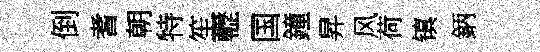
倒耆朝特笙轣国鐘昇风荷镇鈵